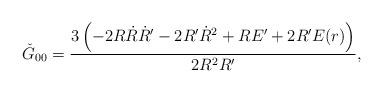
LaTeX: \begin{align*}\check{G}_{00}=\frac{3\left(-2R\dot{R}\dot{R}'-2R'\dot{R}^2+RE'+2R'E(r)\right)}{2R^2R'},\end{align*}